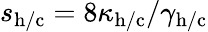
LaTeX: s_{\mathrm{h/c}}=8\kappa_{\mathrm{h/c}}/\gamma_{\mathrm{h/c}}